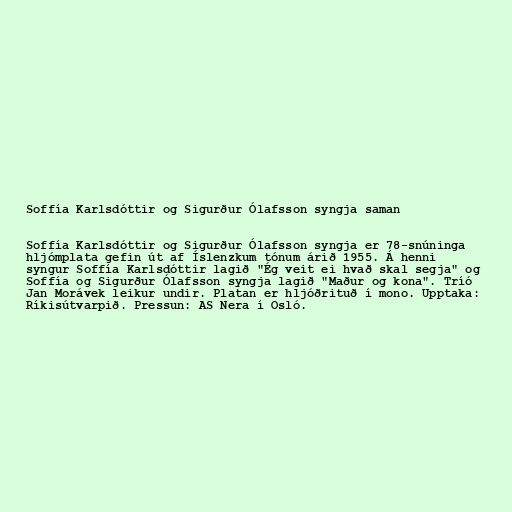
Soffía Karlsdóttir og Sigurður Ólafsson syngja saman

Soffía Karlsdóttir og Sigurður Ólafsson syngja er 78-snúninga
hljómplata gefin út af Íslenzkum tónum árið 1955. Á henni
syngur Soffía Karlsdóttir lagið "Ég veit ei hvað skal segja" og
Soffía og Sigurður Ólafsson syngja lagið "Maður og kona". Tríó
Jan Morávek leikur undir. Platan er hljóðrituð í mono. Upptaka:
Ríkisútvarpið. Pressun: AS Nera í Osló.